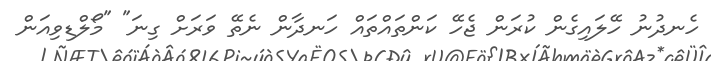
ހެނދުނު ހޭލައިގެން ކުރަން ޖެހޭ ކަންތައްތައް ހަނދާން ނެތޭ ވަރަށް ގިނަ" "މޯލްޑިވިއަން